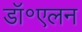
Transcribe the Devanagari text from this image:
डॉ॰एलन